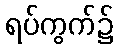
ရပ်ကွက်၌